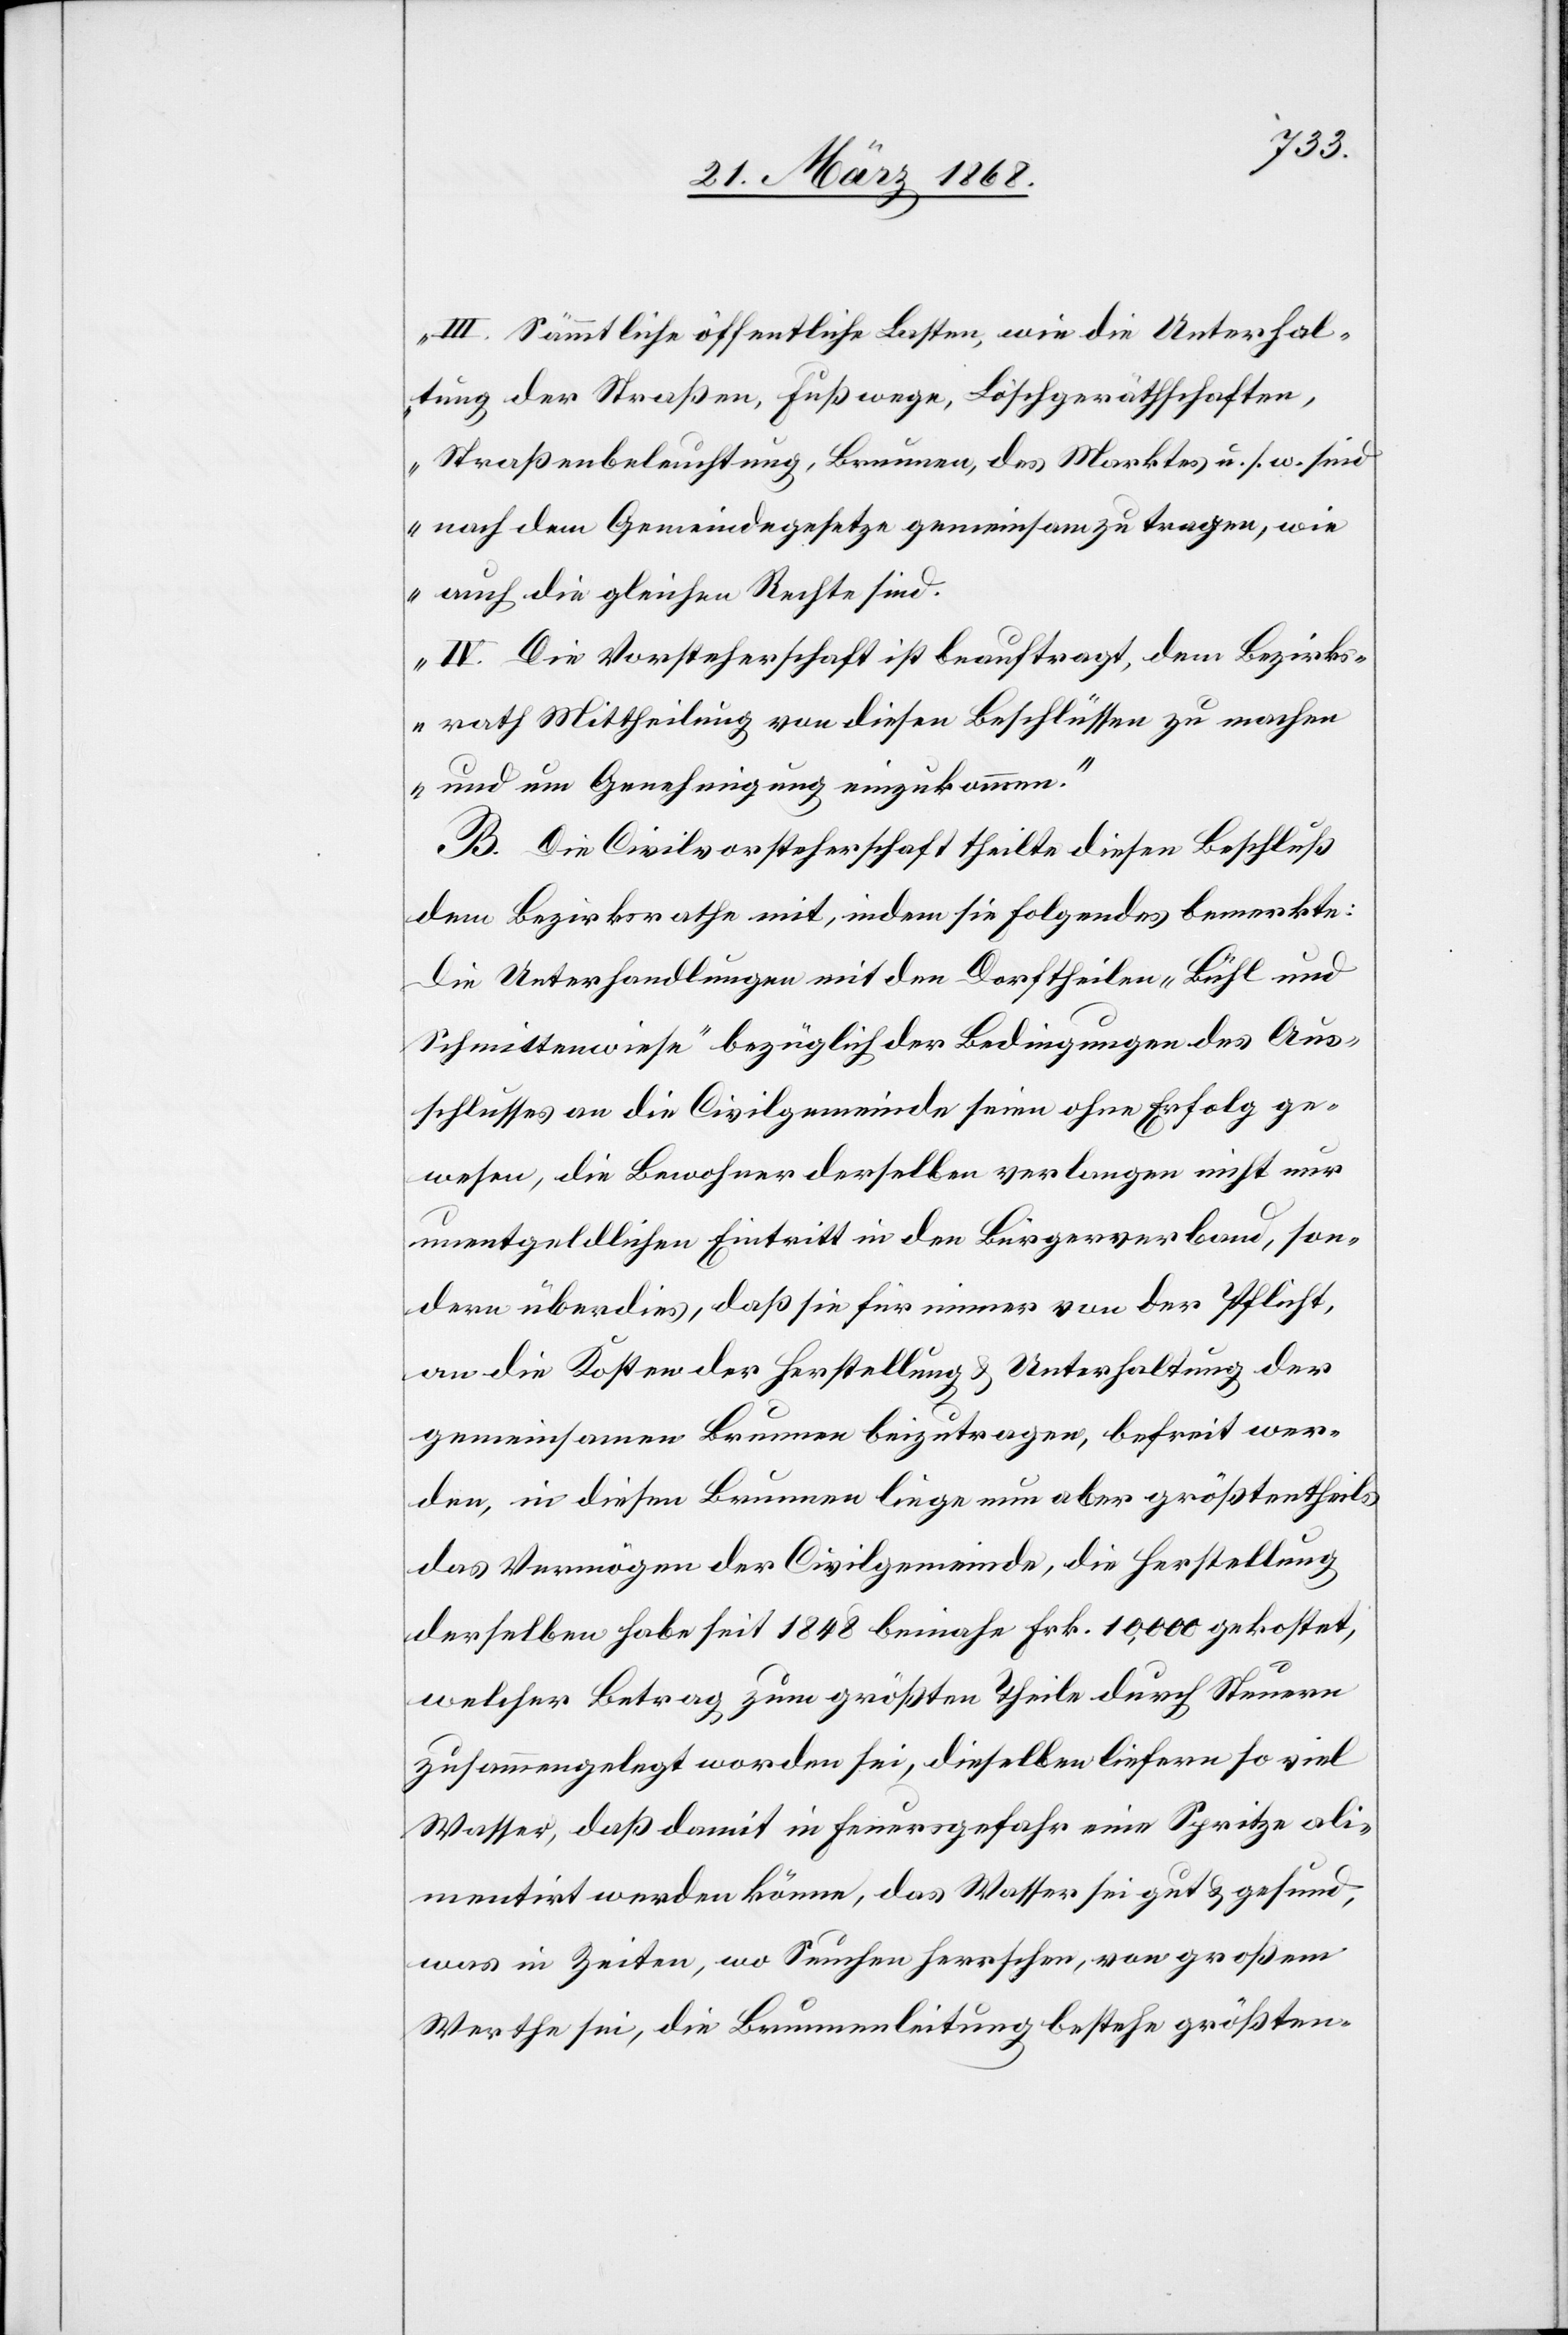
hlusses
III. Sämmtliche öffentliche Lasten, wie die Unterhal¬
tung der Straßen, Fußwege, Löschgeräthschaften,
Straßenbeleuchtung, Brunnen, des Marktes u. s. w. sind
nach dem Gemeindegesetze gemeinsam zu tragen, wie
auch die gleichen Rechte sind.
IV. Die Vorsteherschaft ist beauftragt, dem Bezirks¬
rath Mittheilung von diesen Beschlüssen zu machen
und um Genehmigung einzukommen.“
B. Die Civilvorsteherschaft theilte diesen Beschluß
dem Bezirksrathe mit, indem sie Folgendes bemerkte:
die Unterhandlungen mit den Dorftheilen „Bühl und
Schmittenwiese“ bezüglich der Bedingungen des Aussc¬
Anschlusses] an die Civilgemeinde seien ohne Erfolg ge¬
wesen, die Bewohner derselben verlangen nicht nur
unentgeldlichen Eintritt in den Bürgerverband, son¬
dern überdies, daß sie für immer von der Pflicht,
an die Kosten der Herstellung & Unterhaltung der
gemeinsamen Brunnen beizutragen, befreit wer¬
den, in diesen Brunnen liege nun aber größtentheils
das Vermögen der Civilgemeinde, die Herstellung
derselben habe seit 1848 beinahe Frk. 10,000 gekostet,
welcher Betrag zum größten Theile durch Steuern
zusammengelegt worden sei, dieselben liefern so viel
Wasser, daß damit in Feuersgefahr eine Spritze ali¬
mentirt werden könne, das Wasser sei gut & gesund,
was in Zeiten, wo Seuchen herrschen, von großem
Werthe sei, die Brunnenleitung bestehe größten-